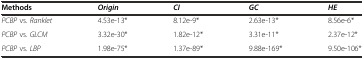
| Methods | Origin | CI | GC | HE |
 | --- | --- | --- | --- | --- |
 | PCBP vs. Ranklet | 4.53e-13* | 8.12e-9* | 2.63e-13* | 8.56e-6* |
 | PCBP vs. GLCM | 3.32e-30* | 1.82e-12* | 3.31e-11* | 2.37e-12* |
 | PCBP vs. LBP | 1.98e-75* | 1.37e-89* | 9.88e-169* | 9.50e-106* |